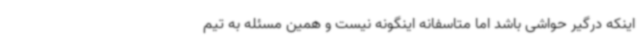
اینکه درگیر حواشی باشد اما متاسفانه اینگونه نیست و همین مسئله به تیم